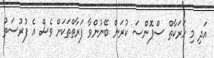
އަދި މި ހަރަކާތް ސްޕޮންސަ ކުރަން ބޭނުންވާ ފަރާތްތަކަށް ވެސް އެ ފުރުސަތު